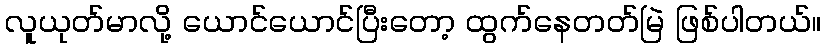
လူယုတ်မာလို့ ယောင်ယောင်ပြီးတော့ ထွက်နေတတ်မြဲ ဖြစ်ပါတယ်။